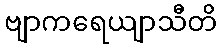
ဗျာကရေယျာသီတိ